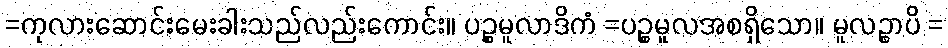
=ကုလားဆောင်းမေးခါးသည်လည်းကောင်း။ ပဉ္စမူလာဒိကံ =ပဉ္စမူလအစရှိသော။ မူလဉ္စာပိ =